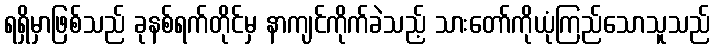
ရရှိမှာဖြစ်သည် ခုနစ်ရက်တိုင်မှ နာကျင်ကိုက်ခဲသည့် သားတော်ကိုယုံကြည်သောသူသည်